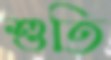
শুতি